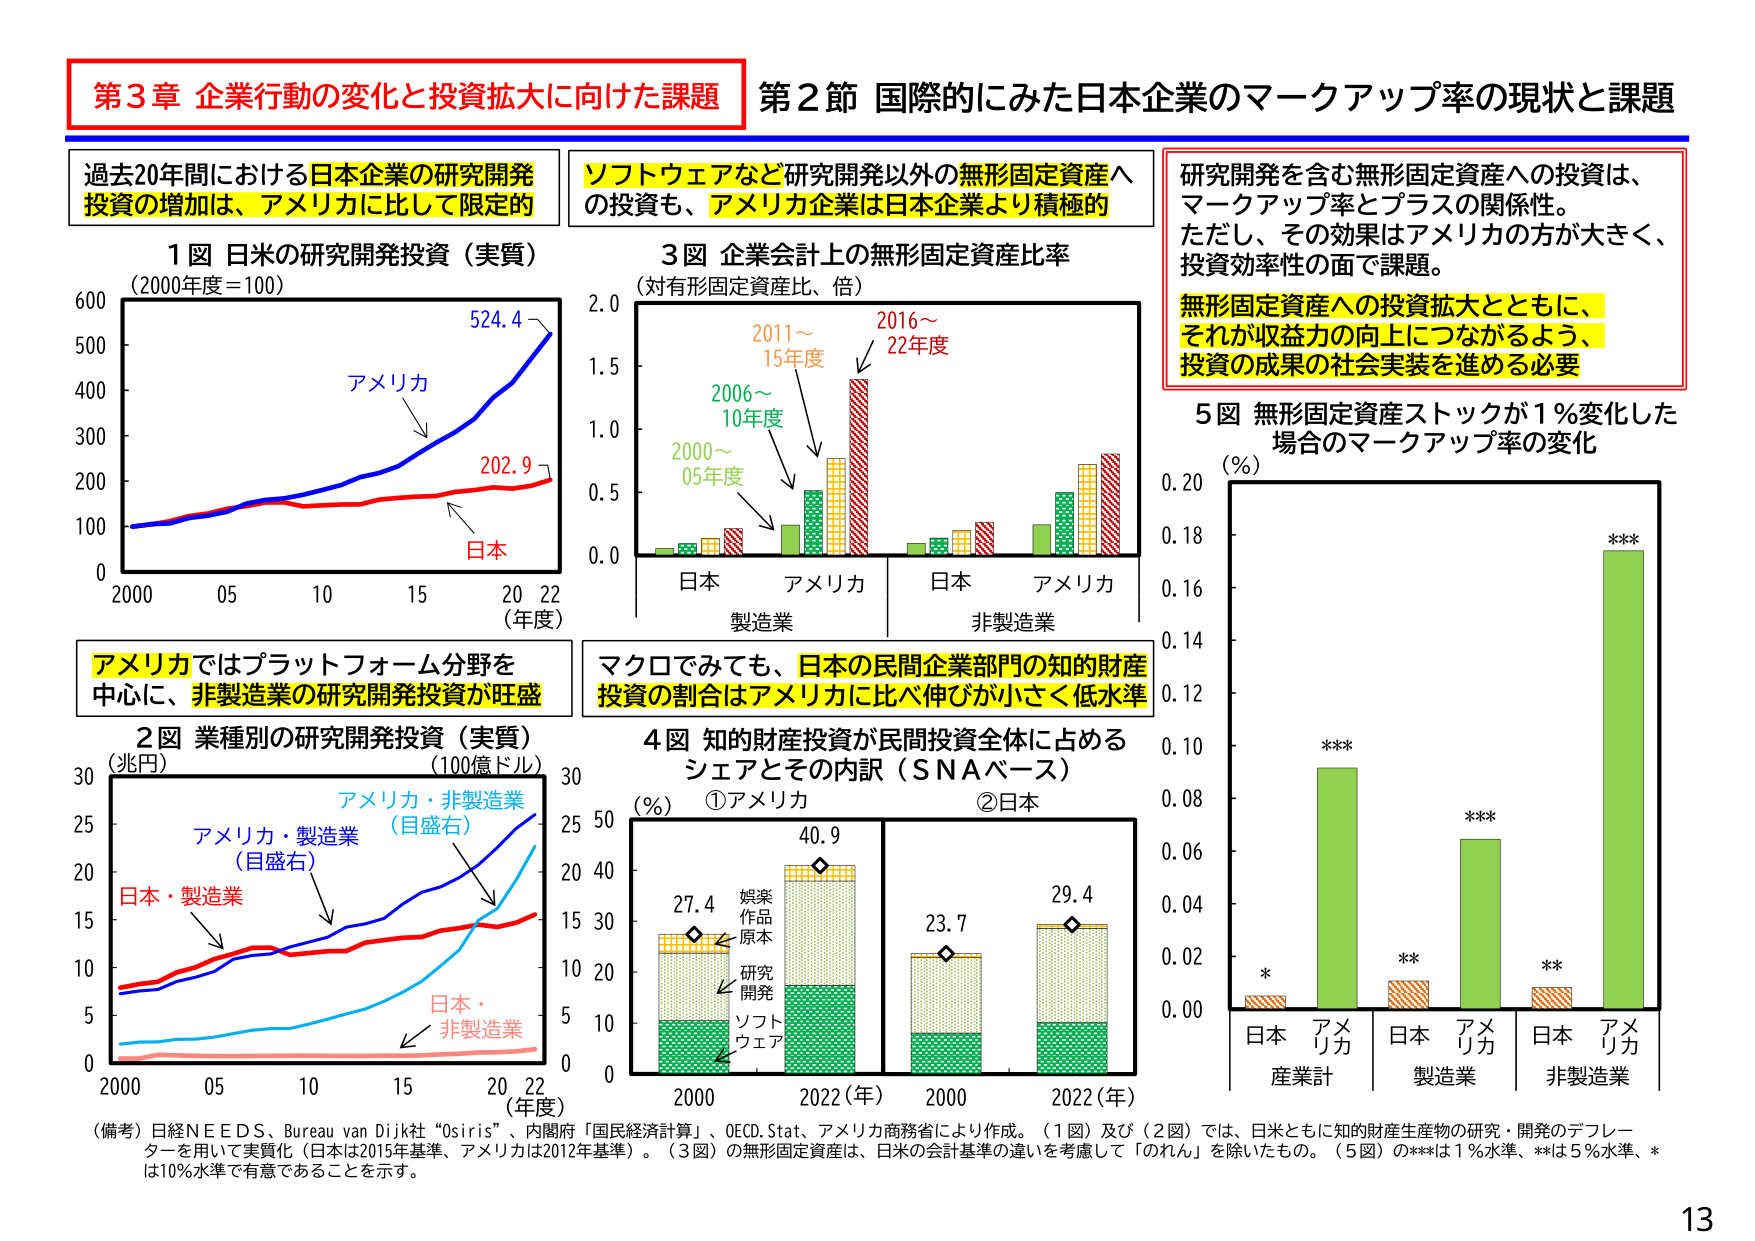
第3章 企業行動の変化と投資拡大に向けた課題
第2節 国際的にみた日本企業のマークアップ率の現状と課題

過去20年間における日本企業の研究開発投資の増加は、アメリカに比して限定的

1図 日米の研究開発投資（実質）
（2000年度＝100）
アメリカ
日本
524.4
202.9
2000 05 10 15 20 22（年度）

アメリカではプラットフォーム分野を中心に、非製造業の研究開発投資が旺盛

2図 業種別の研究開発投資（実質）
（兆円）（100億ドル）
アメリカ・製造業（目盛右）
日本・製造業
アメリカ・非製造業（目盛右）
日本・非製造業
2000 05 10 15 20 22（年度）

ソフトウェアなど研究開発以外の無形固定資産への投資も、アメリカ企業は日本企業より積極的

3図 企業会計上の無形固定資産比率
（対有形固定資産比、倍）
2000～05年度
2006～10年度
2011～15年度
2016～22年度
日本 アメリカ 日本 アメリカ
製造業 非製造業

マクロでみても、日本の民間企業部門の知的財産投資の割合はアメリカに比べ伸びが小さく低水準

4図 知的財産投資が民間投資全体に占めるシェアとその内訳（SNAベース）
①アメリカ ②日本
27.4 40.9 23.7 29.4
研究開発
ソフトウェア
娯楽作品原本
2000 2022（年） 2000 2022（年）
（％）

研究開発を含む無形固定資産への投資は、マークアップ率とプラスの関係性。
ただし、その効果はアメリカの方が大きく、投資効率性の面で課題。
無形固定資産への投資拡大とともに、それが収益力の向上につながるよう、投資の成果の社会実装を進める必要

5図 無形固定資産ストックが1％変化した場合のマークアップ率の変化
（％）
***
***
**
**
***
日本 アメリカ 日本 アメリカ 日本 アメリカ
産業計 製造業 非製造業

（備考）日経NEEDS、Bureau van Dijk社 “Osiris”、内閣府「国民経済計算」、OECD.Stat、アメリカ商務省により作成。（1図）及び（2図）では、日米ともに知的財産生産物の研究・開発のデフレーターを用いて実質化（日本は2015年基準、アメリカは2012年基準）。（3図）の無形固定資産は、日米の会計基準の違いを考慮して「のれん」を除いたもの。（5図）の***は1％水準、**は5％水準、*は10％水準で有意であることを示す。

13